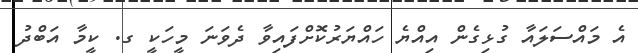
އެ މައްސަލައާ ގުޅިގެން އިއްޔެ ހައްޔަރުކޮށްފައިވާ ދެވަނަ މީހަކީ ގ. ކީމާ އަބްދު